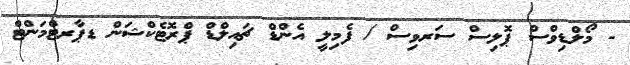
- މޯލްޑިވްސް ޕޮލިސް ސަރވިސް / ފެމިލީ އެންޑް ޗައިލްޑް ޕްރޮޓެކްޝަން ޑޕާރޓްމަންޓް